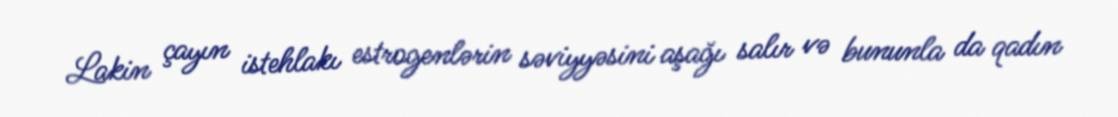
Lakin çayın istehlakı estrogenlərin səviyyəsini aşağı salır və bununla da qadın